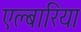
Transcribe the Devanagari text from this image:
एल्बारिया